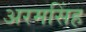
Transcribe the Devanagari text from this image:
अरमसिंह